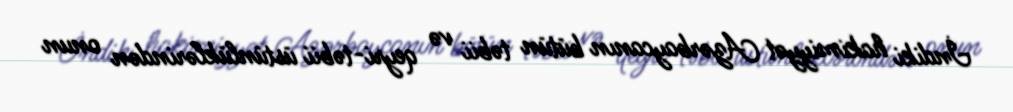
İndiki hakimiyyət Azərbaycanın bütün təbii və qeyri-təbii üstünlüklərindən onun